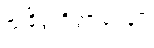
သံခိတ္တဝိတ္ထာရေနပိ